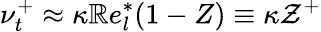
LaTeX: \nu_{t}^{+}\approx\kappa\mathbb{R}e_{l}^{*}(1-Z)\equiv\kappa\mathcal{{Z}}^{+}